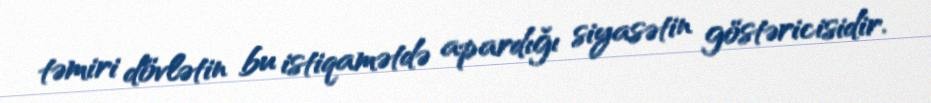
təmiri dövlətin bu istiqamətdə apardığı siyasətin göstəricisidir.